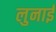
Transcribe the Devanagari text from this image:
लुनाई